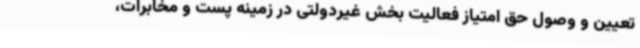
تعیین و وصول حق امتیاز فعالیت بخش غیردولتی در زمینه پست و مخابرات،